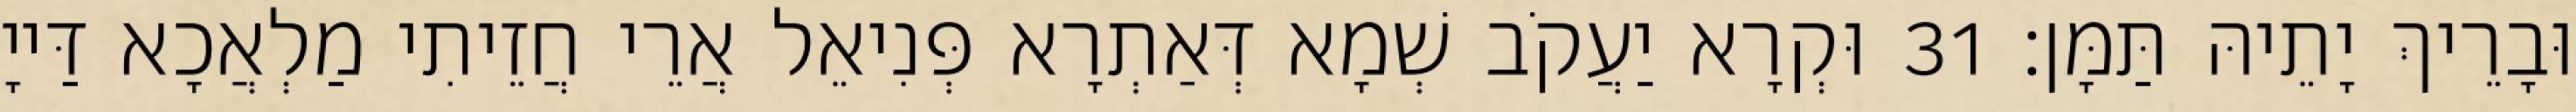
וּבָרֵיךְ יָתֵיהּ תַּמָּן׃ 31 וּקְרָא יַעֲקֹב שְׁמָא דְּאַתְרָא פְּנִיאֵל אֲרֵי חֲזֵיתִי מַלְאֲכָא דַּייָ